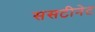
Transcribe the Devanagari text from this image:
ससटीनेट